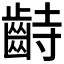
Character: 𪗺